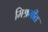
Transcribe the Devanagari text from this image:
मिश्रगीत